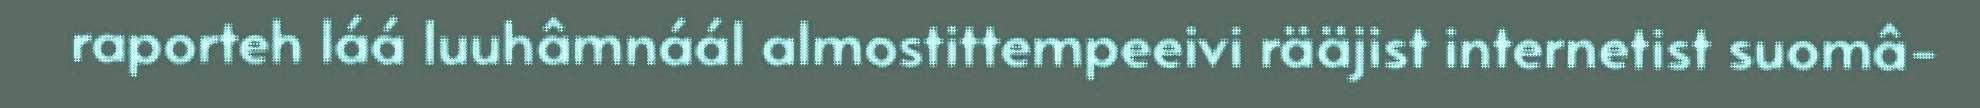
raporteh láá luuhâmnáál almostittempeeivi rääjist internetist suomâ-